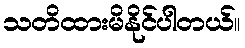
သတိထားမိနိုင်ပါတယ်။